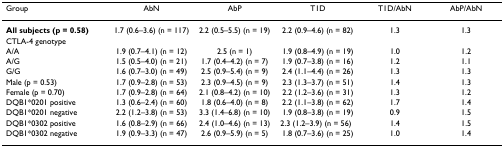
| Group | AbN | AbP | T1D | T1D/AbN | AbP/AbN |
 | --- | --- | --- | --- | --- | --- |
 | All subjects (p = 0.58) | 1.7 (0.6–3.6) (n = 117) | 2.2 (0.5–5.5) (n = 19) | 2.2 (0.9–4.6) (n = 82) | 1.3 | 1.3 |
 | CTLA-4 genotype |  |  |  |  |  |
 | A/A | 1.9 (0.7–4.1) (n = 12) | 2.5 (n = 1) | 1.9 (0.8–4.9) (n = 19) | 1.0 | 1.2 |
 | A/G | 1.5 (0.5–4.0) (n = 21) | 1.7 (0.4–4.2) (n = 7) | 1.9 (0.7–3.8) (n = 16) | 1.2 | 1.1 |
 | G/G | 1.6 (0.7–3.0) (n = 49) | 2.5 (0.9–5.4) (n = 9) | 2.4 (1.1–4.4) (n = 26) | 1.3 | 1.3 |
 | Male (p = 0.53) | 1.7 (0.9–2.8) (n = 53) | 2.3 (0.9–4.5) (n = 9) | 2.3 (1.3–3.7) (n = 51) | 1.4 | 1.3 |
 | Female (p = 0.70) | 1.7 (0.9–2.8) (n = 64) | 2.1 (0.8–4.2) (n = 10) | 2.2 (1.2–3.6) (n = 31) | 1.3 | 1.2 |
 | DQB1*0201 positive | 1.3 (0.6–2.4) (n = 60) | 1.8 (0.6–4.0) (n = 8) | 2.2 (1.1–3.8) (n = 62) | 1.7 | 1.4 |
 | DQB1*0201 negative | 2.2 (1.2–3.8) (n = 53) | 3.3 (1.4–6.8) (n = 10) | 1.9 (0.8–3.8) (n = 19) | 0.9 | 1.5 |
 | DQB1*0302 positive | 1.6 (0.8–2.9) (n = 66) | 2.4 (1.0–4.6) (n = 13) | 2.3 (1.2–3.9) (n = 56) | 1.4 | 1.5 |
 | DQB1*0302 negative | 1.9 (0.9–3.3) (n = 47) | 2.6 (0.9–5.9) (n = 5) | 1.8 (0.7–3.6) (n = 25) | 1.0 | 1.4 |